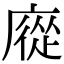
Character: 㢔